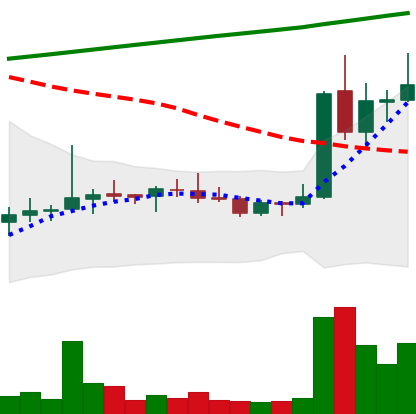
Ticker: DOGE-USD
Chart end date: 2021-08-11
Forward return: 20.904%
Label: up_7plus